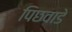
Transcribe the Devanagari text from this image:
पिछवाडे